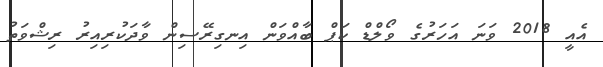
އެއީ 2018 ވަނަ އަހަރުގެ ވޯލްޑް ކަޕް ބާއްވަން އިނގިރޭސިން ވާދަކުރިއިރު ރިޝްވަތު